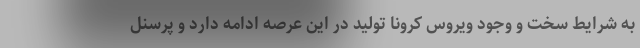
به شرایط سخت و وجود ویروس کرونا تولید در این عرصه ادامه دارد و پرسنل